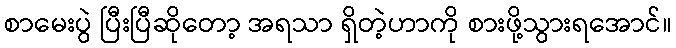
စာမေးပွဲ ပြီးပြီဆိုတော့ အရသာ ရှိတဲ့ဟာကို စားဖို့သွားရအောင်။